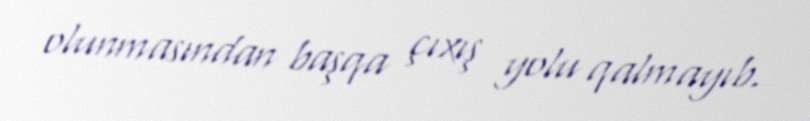
olunmasından başqa çıxış yolu qalmayıb.